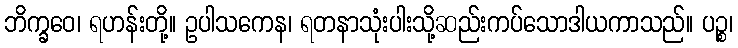
ဘိက္ခဝေ၊ ရဟန်းတို့။ ဥပါသကေန၊ ရတနာသုံးပါးသို့ဆည်းကပ်သောဒါယကာသည်။ ပဉ္စ၊